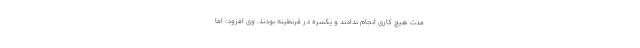
مدت هیچ کاری انجام ندادند و یکسره در قرنطینه بودند. وی افزود: اما